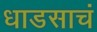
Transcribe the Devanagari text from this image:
धाडसाचं